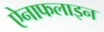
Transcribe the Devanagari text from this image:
ऐनाफलाइन